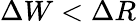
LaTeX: \Delta W<\Delta R